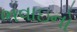
ભવાઇનો